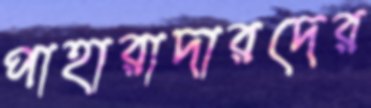
পাহারাদারদের